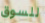
للسوق